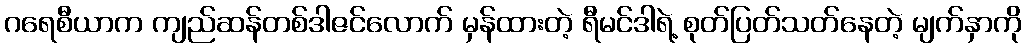
ဂရေစီယာက ကျည်ဆန်တစ်ဒါဇင်လောက် မှန်ထားတဲ့ ရီမင်ဒါရဲ့ စုတ်ပြတ်သတ်နေတဲ့ မျက်နှာကို